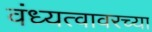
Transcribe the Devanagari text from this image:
वंध्यत्वावरच्या